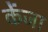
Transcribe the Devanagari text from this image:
केंजा